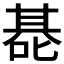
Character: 𰈑